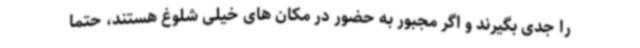
را جدی بگیرند و اگر مجبور به حضور در مکان های خیلی شلوغ هستند، حتما